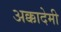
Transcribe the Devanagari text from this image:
अक्कादेमी